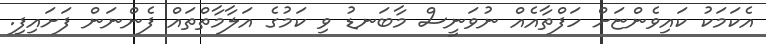
އެކަމަކު ކައިވެންޏަށް ހަފްތާއެއް ނުވަނީސް މާބަނޑު ވި ކަމުގެ އަލާމާތްތައް ފެންނަން ފަށައިފި.